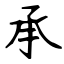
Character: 承